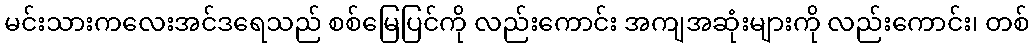
မင်းသားကလေးအင်ဒရေသည် စစ်မြေပြင်ကို လည်းကောင်း အကျအဆုံးများကို လည်းကောင်း၊ တစ်